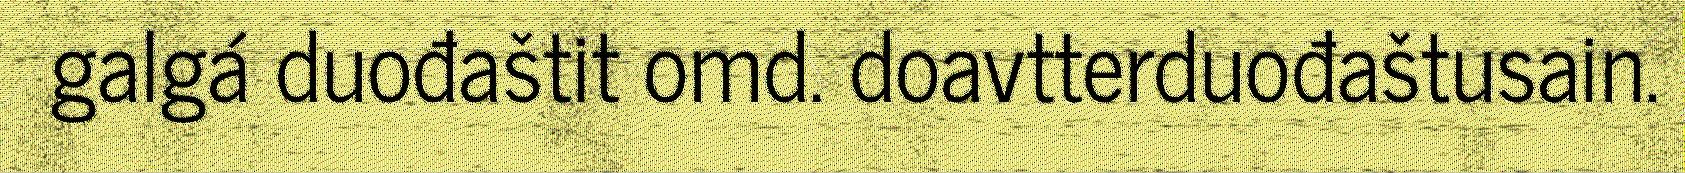
galgá duođaštit omd. doavtterduođaštusain.